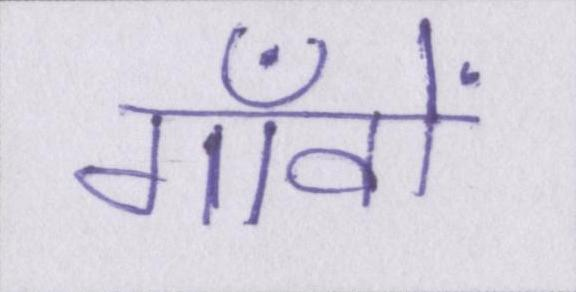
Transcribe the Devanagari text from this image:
गाँवों